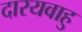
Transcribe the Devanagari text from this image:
दारयवाहु